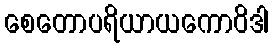
စေတောပရိယာယကောဝိဒါ